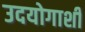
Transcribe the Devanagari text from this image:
उदयोगाशी